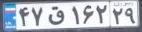
۴۷ق۱۶۲۲۹